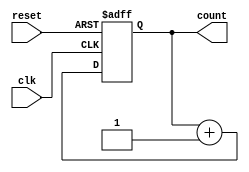
module ripple_counter (
    input wire clk,       // Clock input
    input wire reset,     // Asynchronous reset input
    output reg [2:0] count // 3-bit counter output
);

// Always block triggered on the rising edge of the clock or on reset
always @(posedge clk or posedge reset) begin
    if (reset) begin
        count <= 3'b000; // Reset count to 0
    end else begin
        count <= count + 1; // Increment count
    end
end

endmodule